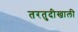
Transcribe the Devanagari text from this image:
तरतुदीखाली